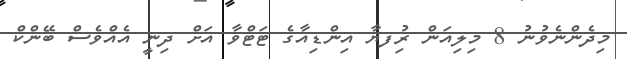
މިދެންނެވުނު 8 މިލިއަން ރުިފޔާ އިންޑިއާގެ ޓަޓްވާ އަށް ދިނީ އެއްވެސް ބޭންކް